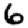
Digit: 6